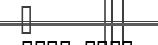
٦